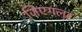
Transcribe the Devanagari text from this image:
जिएगलर